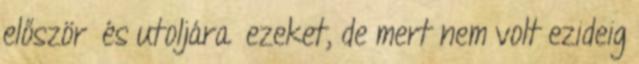
először és utoljára ezeket, de mert nem volt ezideig